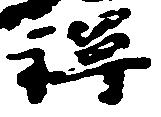
禅